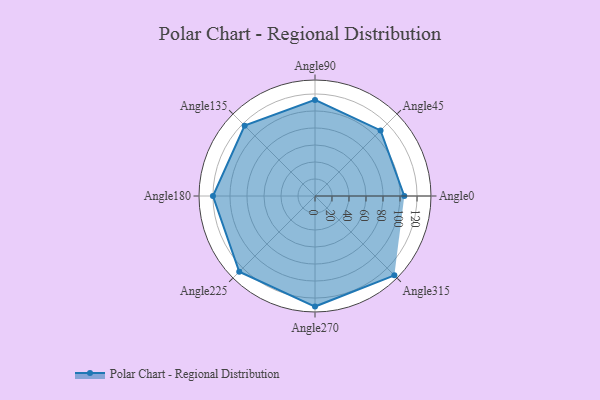
{"axis": {"x": "Angle", "y": "Radius"}, "legend": [""], "data": [{"x": "Angle0", "y": 105.0, "type": ""}, {"x": "Angle45", "y": 109.0, "type": ""}, {"x": "Angle90", "y": 113.0, "type": ""}, {"x": "Angle135", "y": 117.0, "type": ""}, {"x": "Angle180", "y": 120.0, "type": ""}, {"x": "Angle225", "y": 126.0, "type": ""}, {"x": "Angle270", "y": 130.0, "type": ""}, {"x": "Angle315", "y": 132.0, "type": ""}]}